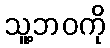
သူ့ဘဝကို